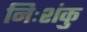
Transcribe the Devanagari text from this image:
निःशंकु